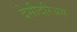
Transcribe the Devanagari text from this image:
देसीदरिअस